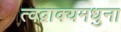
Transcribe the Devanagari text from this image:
त्वद्वाक्यमधुना